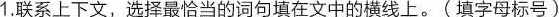
1.联系上下文，选择最恰当的词句填在文中的横线上。(填字母标号)